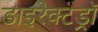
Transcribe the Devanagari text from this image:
डाइरेक्टड्रॉ